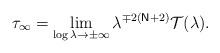
LaTeX: \begin{align*}\tau _{\infty }=\lim_{\log \lambda \rightarrow \pm \infty }\lambda ^{\mp 2(\mathsf{N}+2)}\mathcal{T}(\lambda ). \end{align*}